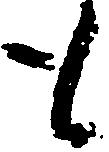
も